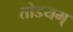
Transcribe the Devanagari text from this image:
तोडयम्